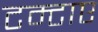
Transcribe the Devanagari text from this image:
टम्टाए